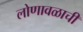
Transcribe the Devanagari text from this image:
लोणावळाची